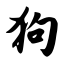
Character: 狗